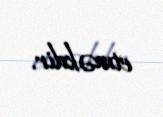
etməkdir.